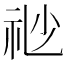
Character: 𥘷